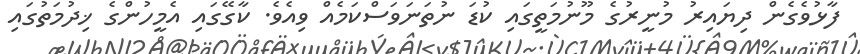
ފާޅުވެގެން ދިޔައިރު މުނީރުގެ މޫނުމަތީގައި ކުޑަ ނުތަނަވަސްކަމެއް ވިއެވެ. ކާގޭގައި އެމީހުންގެ ޚިދުމަތުގައި